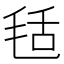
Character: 𣭪